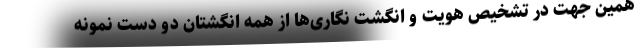
همین جهت در تشخیص هویت و انگشت نگاری‌ها از همه انگشتان دو دست نمونه